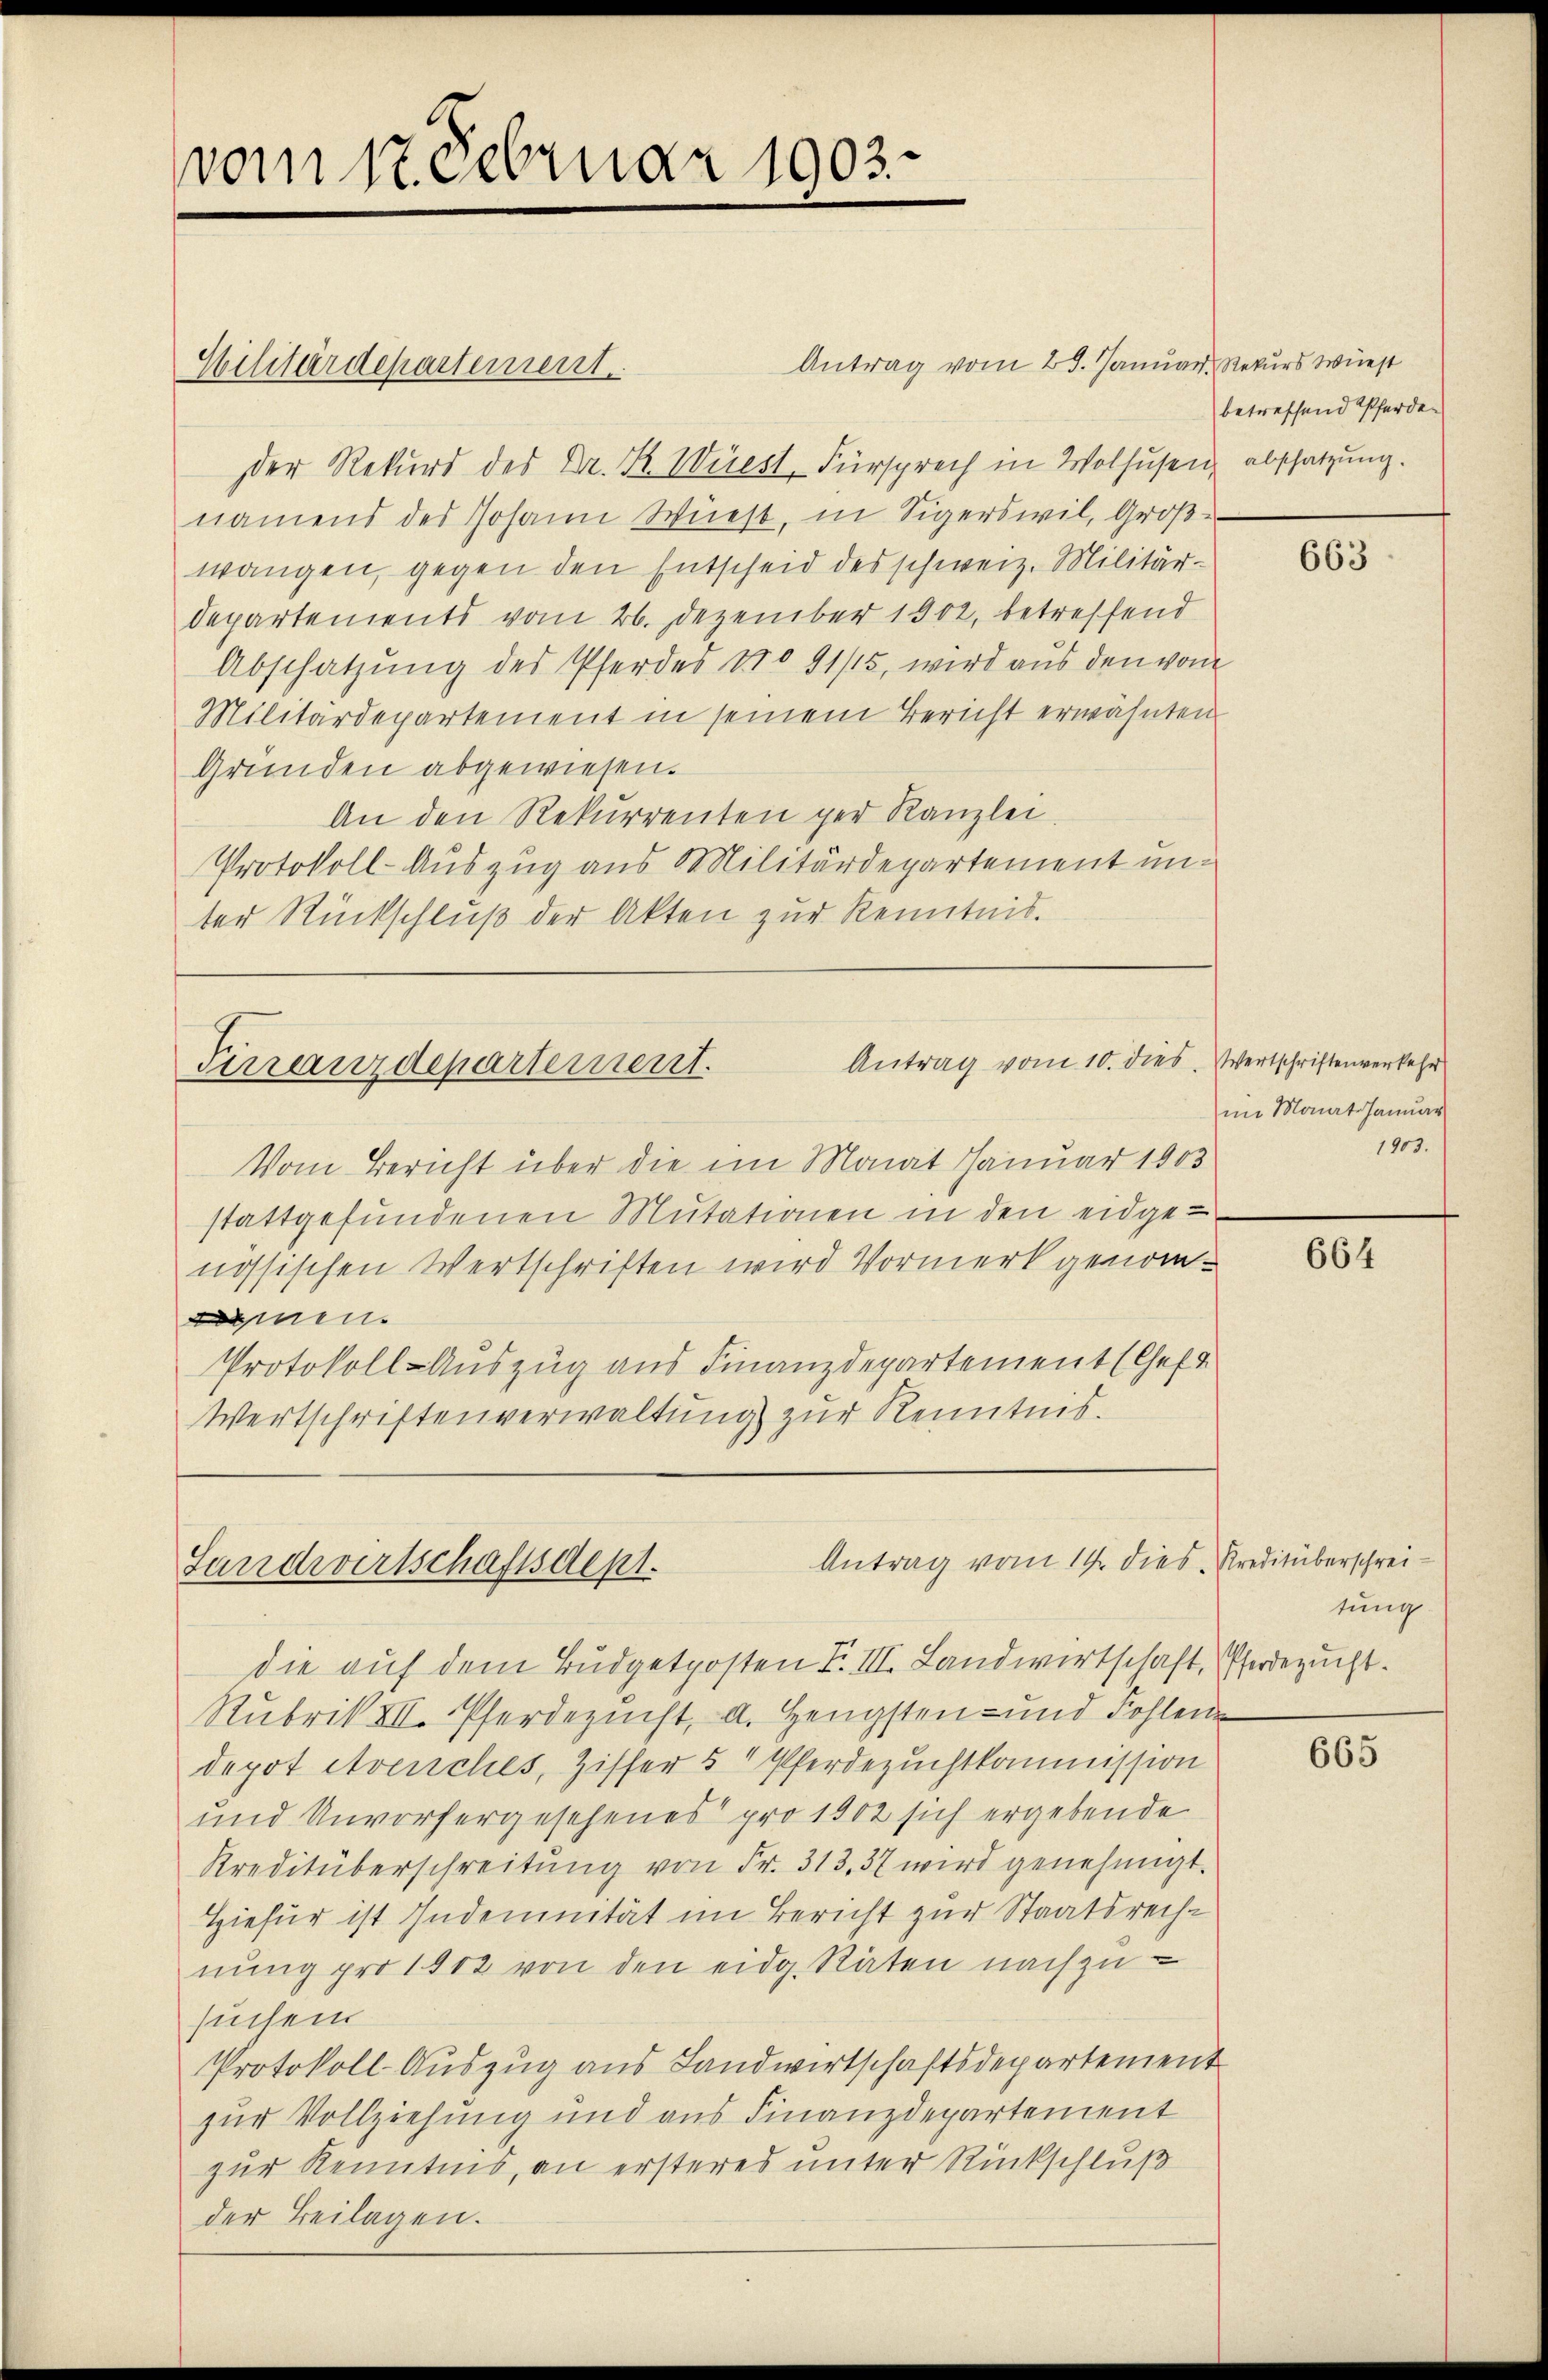
vom 17. Februar 1903.

Hilitärdepartement

Antrag vom 29. Januar, Rekurs wünst
der Rekurs des Dr. R. Wirst Fürsprech in Wolhusen, abschatzung.
namend des Johann Weiest, in Sigerswil, Große
wangen, gegen den Entscheid des schweiz. Militärdepartements vom 26. Dezember 1902, betreffend
Abschatzung des Pferdes No 91/15, wird aus den vom
Militärdepartement in seinem Bericht erwähnten
Gründen abgewiesen.
An den Rekurrenten per Kanzlei.
Protokoll-Auszug aus Militärdepartement unter Rückschluß der Akten zur Kenntnis.

Antrag vom 10. dies
Finanzdepartement.

Vom Bericht über die im Monat Januar 1903
stattgefundenen Mutationen in den eidgenössischen Wertschriften wird Vormerk genommen
Protokoll-Auszug aus Finanzdepartement (Cheft
Wertschriftenverwaltung zur Kenntnis.

Antrag vom 14. dies Kreditüberschrei¬
Landwirtschaftsdept.

betreffend Pferden

Wertschriftenverkehr
im Monats Januar
1903.

tung

die auf dem Budgetposten F. III. Landwirtschaft, Pferdezucht.
Rubrik III. Pferdezucht, a. Hengsten- und Fohlen
depot Avenches, Ziffer 5 Pferdezuchtkommission
und Unvorhergesehenes pro 1902 sich ergebende
Kreditüberschreitŭng von Fr. 313, 37 wird genehmigt.
Hiefür ist Indemnität im Bericht zur Staatsrechnung pro 1912 von den eidg. Räten nachzusuchen
Protokoll-Auszug aus Landwirtschaftsdepartement
zur Vollziehung und aus Finanzdepartement
zur Kenntnis, an ersteres unter Rückschluß
der Beilagen.

663

664

665